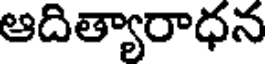
ఆదిత్యారాధన